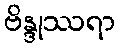
ဗိန္ဒုဿရာ